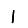
Digit: 1